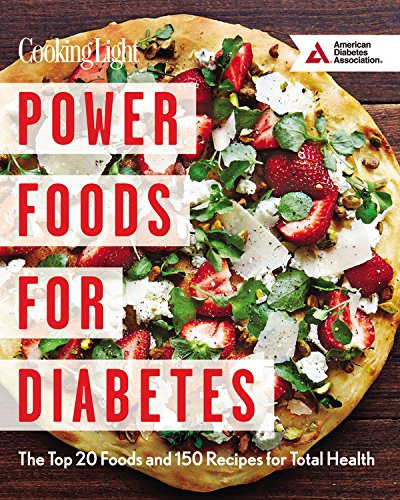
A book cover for Power Foods for Diabetes: The Top 20 Foods and 150 Recipes for Total Health; Editors of Cooking Light Magazine; Cookbooks, Food & Wine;